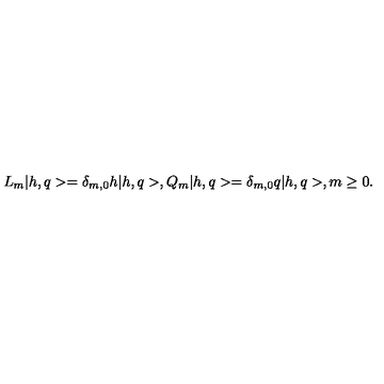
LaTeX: L _ { m } | h , q > = \delta _ { m , 0 } h | h , q > , Q _ { m } | h , q > = \delta _ { m , 0 } q | h , q > , m \geq 0 .